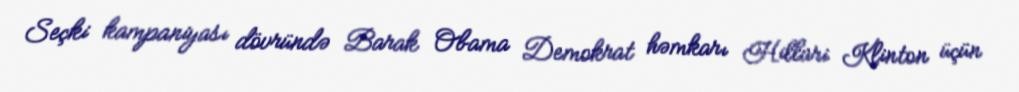
Seçki kampaniyası dövründə Barak Obama Demokrat həmkarı Hillari Klinton üçün